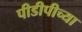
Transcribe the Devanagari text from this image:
पीडीपीच्या